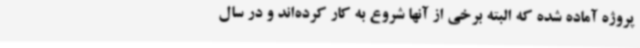
پروژه آماده شده که البته برخی از آنها شروع به کار کرده‌اند و در سال